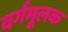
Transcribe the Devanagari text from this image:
वर्गमूलक